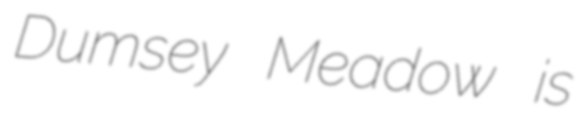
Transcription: Dumsey Meadow is